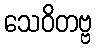
သေဝိတဗ္ဗ